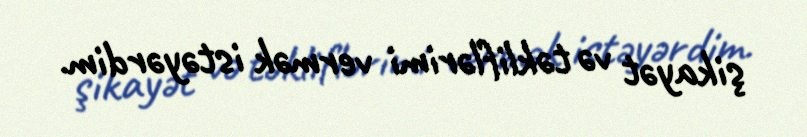
şikayət və təkliflərimi vermək istəyərdim.